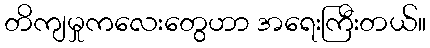
တိကျမှုကလေးတွေဟာ အရေးကြီးတယ်။